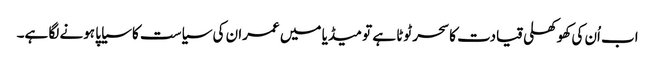
اب اُن کی کھوکھلی قیادت کا سحر ٹوٹا ہے تو میڈیا میں عمران کی سیاست کا سیاپا ہونے لگا ہے۔